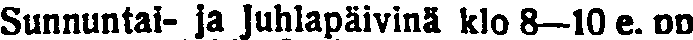
Sunnuntai- ja Juhlapäivinä klo 8—10 e. pp